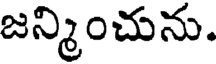
జన్మించును.